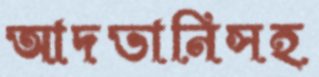
আদভানিসহ